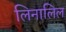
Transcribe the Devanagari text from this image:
लिनालिल